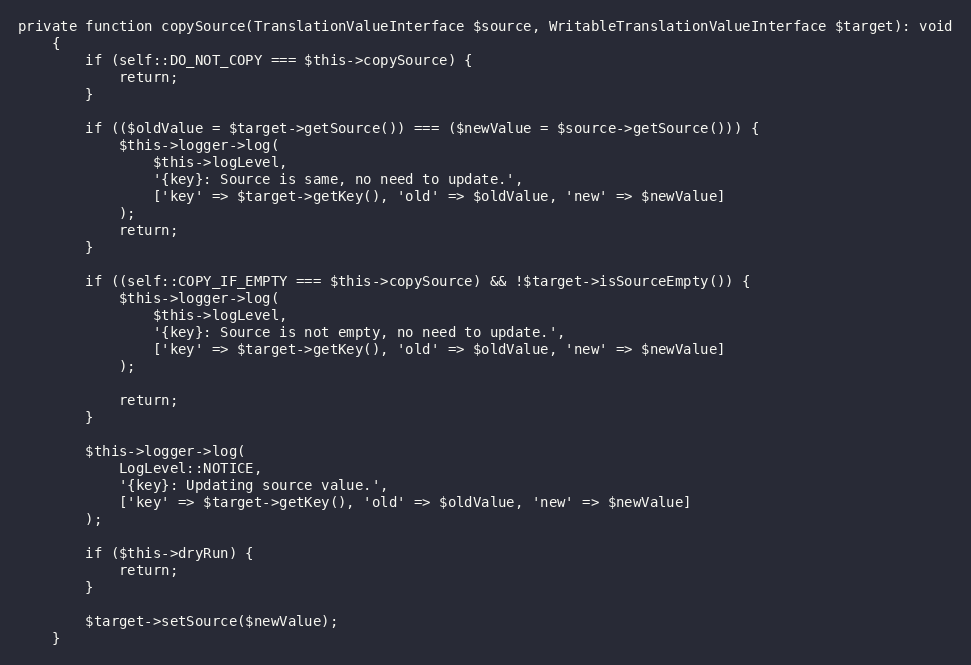
Language: PHP
private function copySource(TranslationValueInterface $source, WritableTranslationValueInterface $target): void
    {
        if (self::DO_NOT_COPY === $this->copySource) {
            return;
        }

        if (($oldValue = $target->getSource()) === ($newValue = $source->getSource())) {
            $this->logger->log(
                $this->logLevel,
                '{key}: Source is same, no need to update.',
                ['key' => $target->getKey(), 'old' => $oldValue, 'new' => $newValue]
            );
            return;
        }

        if ((self::COPY_IF_EMPTY === $this->copySource) && !$target->isSourceEmpty()) {
            $this->logger->log(
                $this->logLevel,
                '{key}: Source is not empty, no need to update.',
                ['key' => $target->getKey(), 'old' => $oldValue, 'new' => $newValue]
            );

            return;
        }

        $this->logger->log(
            LogLevel::NOTICE,
            '{key}: Updating source value.',
            ['key' => $target->getKey(), 'old' => $oldValue, 'new' => $newValue]
        );

        if ($this->dryRun) {
            return;
        }

        $target->setSource($newValue);
    }